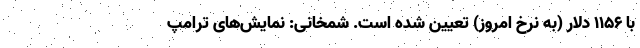
با ۱۱۵۶ دلار (به نرخ امروز) تعیین شده است. شمخانی: نمایش‌های ترامپ